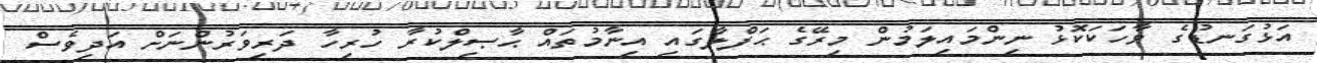
އަޅުގަނޑުގެ ވާހަކަކޮޅު ނިންމައިލަމުން މިރޭގެ ޙަފްލާގައި އިނާމުތައް ޙާޞިލްކުރާ ހުރިހާ ދަރިވަރުންނަށް އަދިވެސް